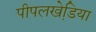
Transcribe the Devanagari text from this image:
पीपलखेडि़या